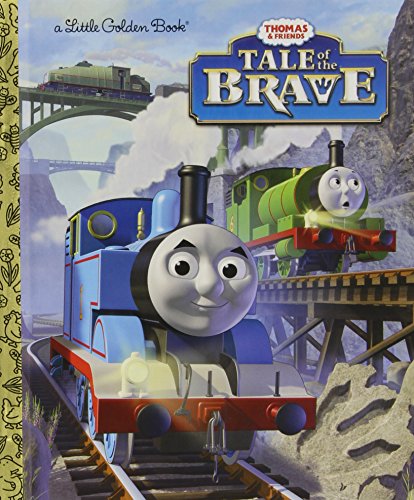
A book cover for Tale of the Brave (Thomas & Friends) (Little Golden Book); Rev. W. Awdry; Children's Books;